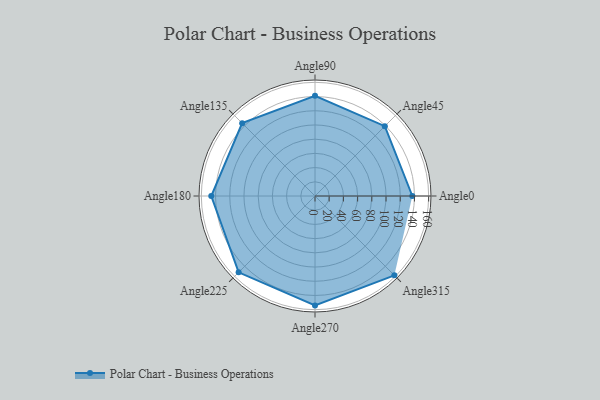
{"axis": {"x": "Angle", "y": "Radius"}, "legend": [""], "data": [{"x": "Angle0", "y": 137.0, "type": ""}, {"x": "Angle45", "y": 139.0, "type": ""}, {"x": "Angle90", "y": 141.0, "type": ""}, {"x": "Angle135", "y": 145.0, "type": ""}, {"x": "Angle180", "y": 146.0, "type": ""}, {"x": "Angle225", "y": 152.0, "type": ""}, {"x": "Angle270", "y": 154.0, "type": ""}, {"x": "Angle315", "y": 158.0, "type": ""}]}